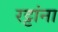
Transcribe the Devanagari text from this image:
रट्टांना